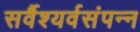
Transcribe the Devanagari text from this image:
सर्वैश्यर्वसंपन्न